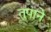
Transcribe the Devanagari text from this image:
तुपाने